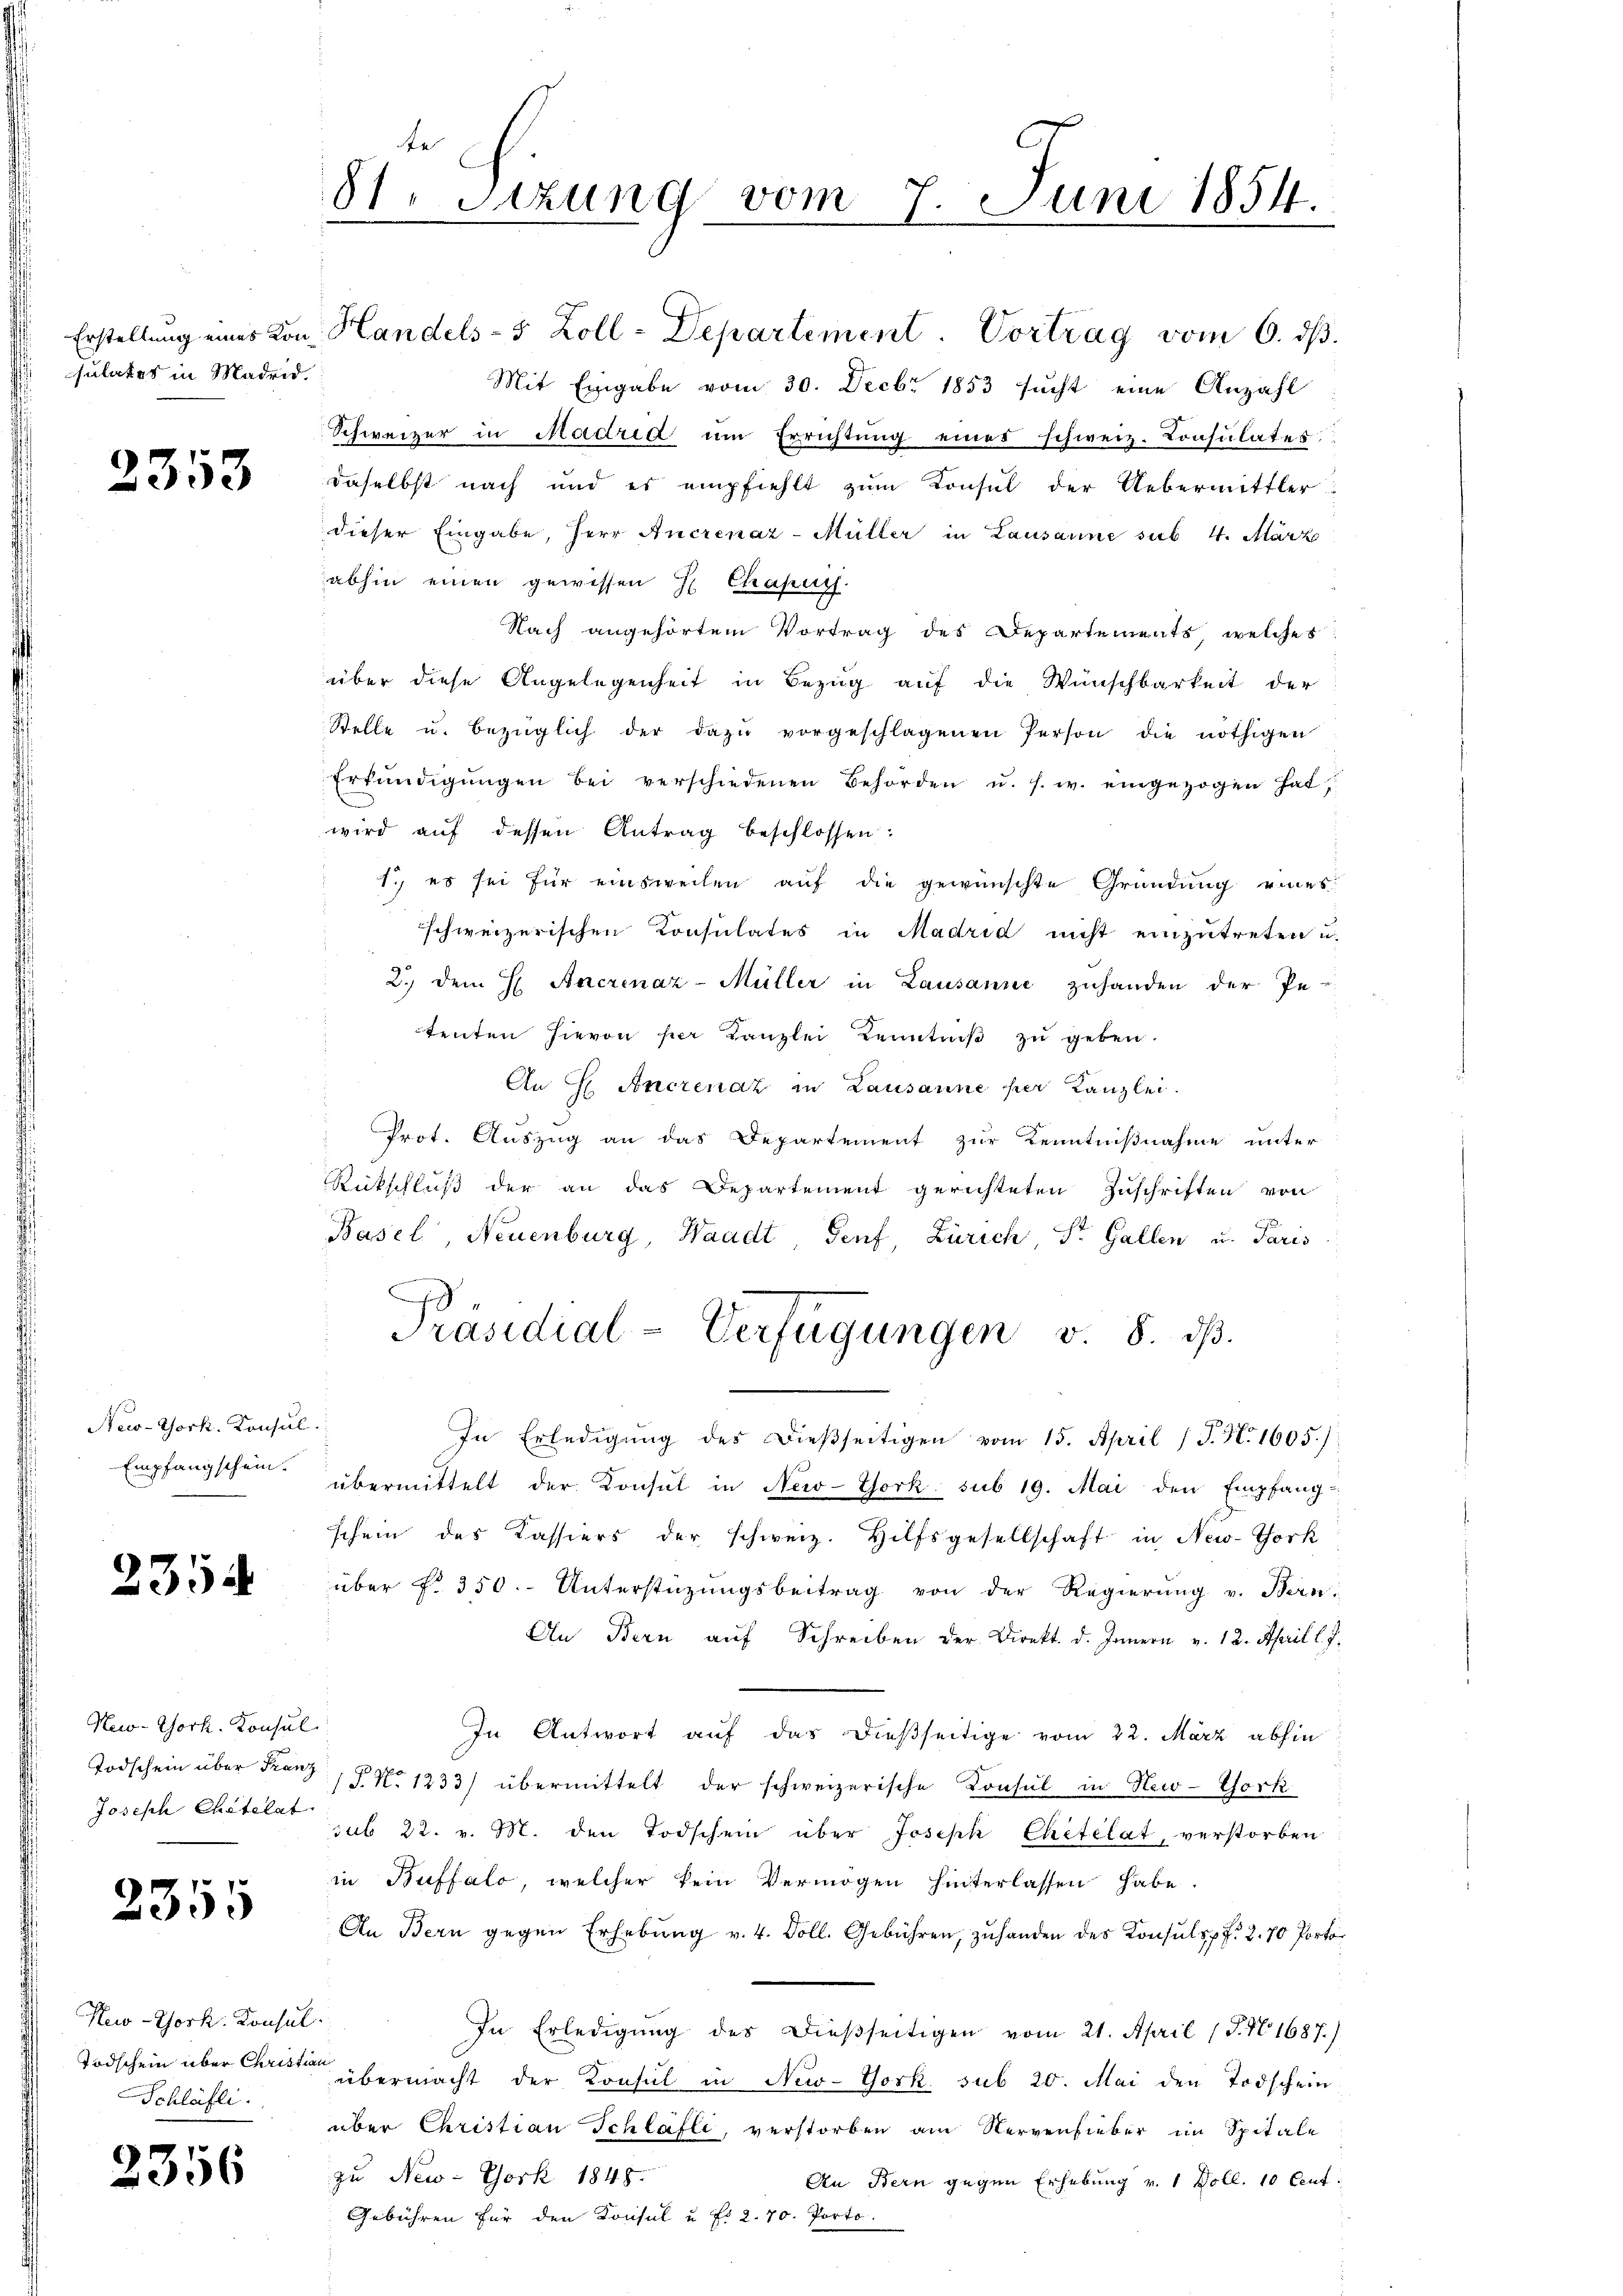
psulates in Madrid.

2353

New-York, Konsul
Empfangschein.

2354

New-York. Konsul
Joseph Chatelat

2355

New-York, Konsul
Todschein über Christian
Schläfli

2356

81. Setzung vom 7. Juni 1854.

Schweizer in Madrid um Errichtŭng eines schweiz. Consulates
daselbst nach und es empfiehlt zum Konsul der Uebermittler
dieser Eingabe, Herr Ancrenaz-Müller in Lausanne sub. 4. März
abhin einen gewissen H Chaper
Nach angehörtem Vortrag des Departements, welches
über diese Angelegenheit in Bezug auf die Wünschbarkeit der
Stelle u. bezüglich der dazu vorgeschlagenen Person die nöthigen
Erkŭndigŭngen bei verschiedenen Behörden u. s. w. eingezogen hat
wird auf dessen Antrag beschlossen:
1., es sei für einsweilen auf die gewünschte Gründung eines
schweizerischen Consulates in Madrid nicht einzutreten u.
2. dem H. Ancrenaz-Müller in Lausanne zuhanden der Pe-
tenten hievon per Kanzlei Kenntniβ zŭ geben.
An H Anczenaz in Lausanne per Kanzlei.
Prot. Auszug an das Departement zur Kenntnißnahme unter
Rückschluß der an das Departement gerichteten Zuschriften von
Basel, Neuenburg, Waadt, Genf, Zürich, Dr. Gallen u. Paris
Präsidial-Verfügungen v. 8. ds.
In Erledigung des Dießseitigen vom 15. April (T. N. 1605)
übermittelt der Konsul in New-York sub 19. Mai den Empfang-
schein des Kassiers der schweiz. Hilfsgesellschaft in New-York
über f. 350. Unterstüzungsbeitrag von der Regierung v. Bern-
An Bern auf Schreiben der Direkt. d. Innern v. 12. April l. J.
In Antwort auf das dießseitige vom 22. März abhin
Todschein über Franz, No 1333) übermittelt der schweizerische Konsul in New-York
sub 22. v. M. den Todschein über Joseph Chetélat, verstorben
in Buffalo, welcher kein Vermögen hinterlassen habe.
An Bern gegen Erhebŭng v. 4. Soll. Gebühren, zuhanden des Konsuls pr. 2.70 Porto¬
In Erledigung des dießseitigen vom 21. April (T. N 1687.)
übermacht der Konsul in New-York. sub 20. Mai den Todschein
über Christian Schlafli, verstorben am Nervenfieber im Spitale
zu New-York 1848.
An Bern gegen Erhebung v. 1 Doll. 10 Cent.
Gebühren für den Konsul u. f. 2. 70. Porto

Erstellung eines von Handels- 5 Zoll-Departement. Vortrag vom 6. ds.
Mit Eingabe vom 30. Decbr 1853 sucht eine Anzahl